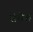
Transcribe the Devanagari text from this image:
सेरील